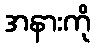
အနားကို